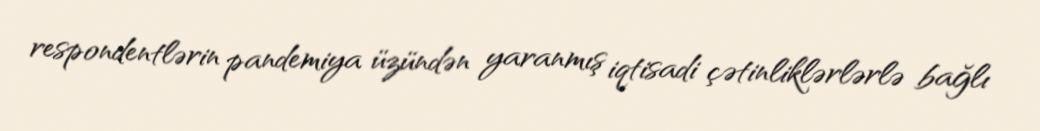
respondentlərin pandemiya üzündən yaranmış iqtisadi çətinliklərlərlə bağlı